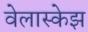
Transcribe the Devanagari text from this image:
वेलास्केझ